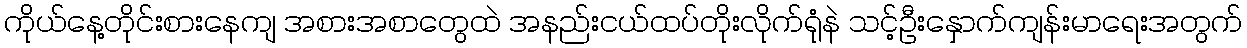
ကိုယ်နေ့တိုင်းစားနေကျ အစားအစာတွေထဲ အနည်းငယ်ထပ်တိုးလိုက်ရုံနဲ သင့်ဦးနှောက်ကျန်းမာရေးအတွက်